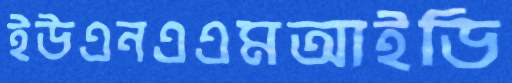
ইউএনএএমআইডি